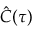
\boldsymbol { \hat { C } } ( \tau )